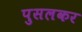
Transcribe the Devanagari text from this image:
पुसलकर